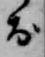
お